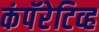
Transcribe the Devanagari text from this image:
कंपॅरेटिव्ह